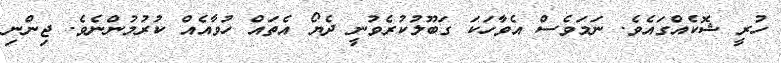
ހުރީ ޝޮކެއްގައެވެ. ނަމަވެސް އެވާހަކަ ގަބޫލުކުރެވުނީ ދެޔޯ އެތައް ހުވާއެއް ކުރުމުންނެވެ. ޖިންނި